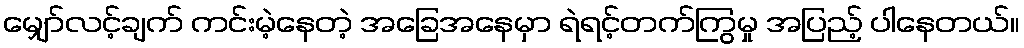
မျှော်လင့်ချက် ကင်းမဲ့နေတဲ့ အခြေအနေမှာ ရဲရင့်တက်ကြွမှု အပြည့် ပါနေတယ်။